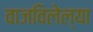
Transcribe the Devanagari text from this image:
वाजविलेल्या